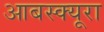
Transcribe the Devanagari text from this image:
आबस्क्यूरा